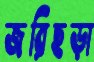
জরিছড়া